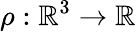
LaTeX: \rho:\mathbb{R}^{3}\rightarrow\mathbb{R}